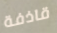
قاذفة